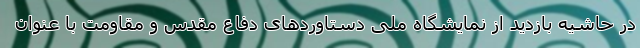
در حاشیه بازدید از نمایشگاه ملی دستاوردهای دفاع مقدس و مقاومت با عنوان